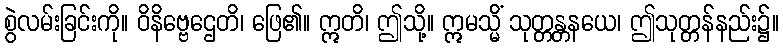
စွဲလမ်းခြင်းကို။ ဝိနိဗ္ဗေဌေတိ၊ ဖြေ၏။ ဣတိ၊ ဤသို့။ ဣမသ္မိံ သုတ္တန္တနယေ၊ ဤသုတ္တန်နည်း၌။